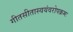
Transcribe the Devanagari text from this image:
गीतसीतास्वयंवरोपक्रमः